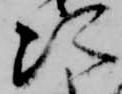
次